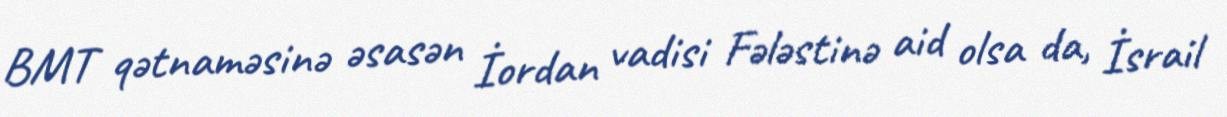
BMT qətnaməsinə əsasən İordan vadisi Fələstinə aid olsa da, İsrail